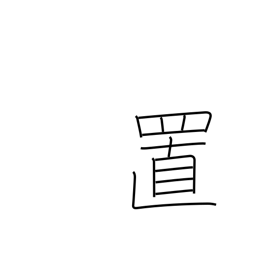
Meaning: placement